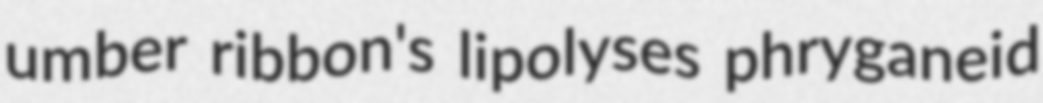
umber ribbon's lipolyses phryganeid